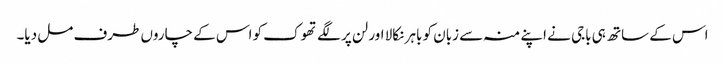
اس کے ساتھ ہی باجی نے اپنے منہ سے زبان کو باہر نکالا اور لن پر لگے تھوک کو اس کے چاروں طرف مل دیا۔